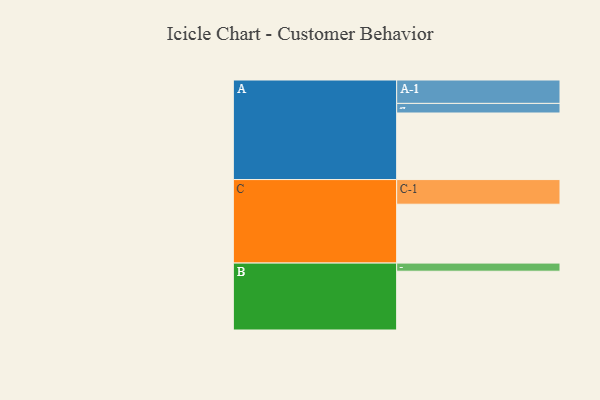
{"axis": {"x": "Segment", "y": "Value"}, "legend": ["", "A", "B", "C"], "data": [{"x": "A", "y": 589, "type": ""}, {"x": "B", "y": 520, "type": ""}, {"x": "C", "y": 521, "type": ""}, {"x": "A-1", "y": 207, "type": "A"}, {"x": "A-2", "y": 85, "type": "A"}, {"x": "B-1", "y": 72, "type": "B"}, {"x": "C-1", "y": 218, "type": "C"}]}